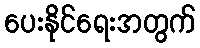
ပေးနိုင်ရေးအတွက်